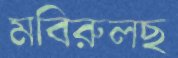
মবিরুলছ